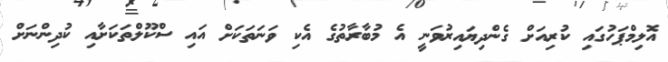
އޮލިމްޕަހުގައި ކުރިއަށް ގެންދިޔައިރުވަނީ އެ މުބާރާތުގެ އެކި ވަނަތަކަށް އައި ސްކޫލްތަކަށާއި ކުދިންނަށް